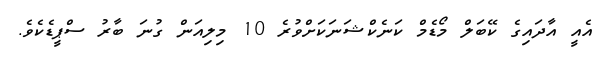
އެއީ އާދައިގެ ކޭބަލް މޯޑެމް ކަނެކްޝަނަކަށްވުރެ 10 މިލިއަން ގުނަ ބާރު ސްޕީޑެކެވެ.